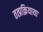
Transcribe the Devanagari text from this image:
तत्प्रक्रियाया